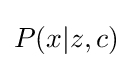
\displaystyle P(x|z,c)